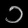
Digit: ၁